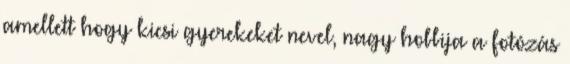
amellett hogy kicsi gyerekeket nevel, nagy hobbija a fotózás